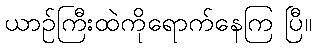
ယာဉ်ကြီးထဲကိုရောက်နေကြ ပြီ။